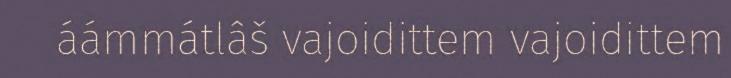
áámmátlâš vajoidittem vajoidittem